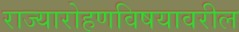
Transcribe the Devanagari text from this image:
राज्यारोहणविषयावरील